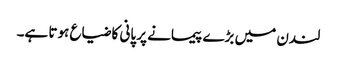
لندن میں بڑے پیمانے پر پانی کا ضیاع ہوتا ہے۔